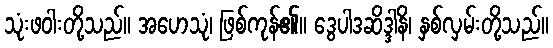
သုံးဖဝါးတို့သည်။ အဟေသုံ၊ ဖြစ်ကုန်၏။ ဒွေပါဒဆိဒ္ဒါနိ၊ နှစ်လှမ်းတို့သည်။